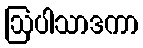
ဩပါသာဒကာ